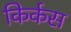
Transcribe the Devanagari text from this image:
किर्कस